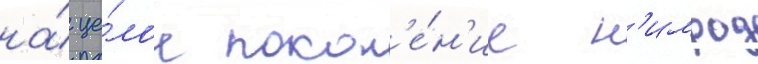
на́ це́лое покол'е́н'ие н'имрод